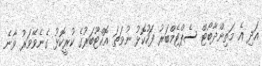
އަދި އެ މަތިންދާބޯޓް ސެޕްޓެމްބަރު ފަހުކޮޅު ނުވަތަ އޮކްޓޫބަރުގެ ކުރީކޮޅު ގެނެވޭވަރު ވާނެ